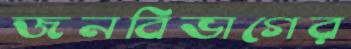
জনবিভাগের